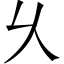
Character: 乆